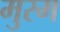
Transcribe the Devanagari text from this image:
मुरम